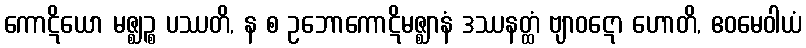
ကောဋိယော မဇ္ဈဉ္စ ပဿတိ, န စ ဥဘောကောဋိမဇ္ဈာနံ ဒဿနတ္ထံ ဗျာဝဋော ဟောတိ, ဧဝမေဝါယံ